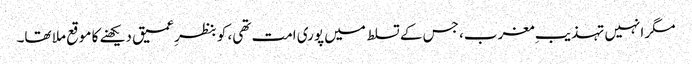
مگر انہیں تہذیبِ مغرب، جس کے تسلط میں پوری امت تھی، کو بنظرِ عمیق دیکھنے کا موقع ملا تھا۔